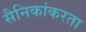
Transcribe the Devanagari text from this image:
सैनिकांकरता